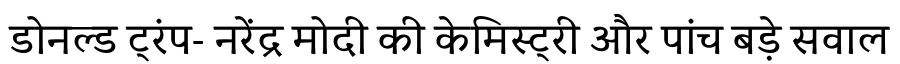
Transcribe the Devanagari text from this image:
डोनल्ड ट्रंप- नरेंद्र मोदी की केमिस्ट्री और पांच बड़े सवाल